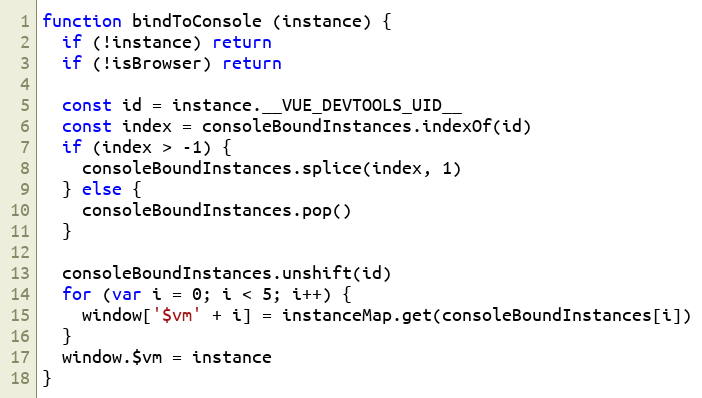
Language: JavaScript
function bindToConsole (instance) {
  if (!instance) return
  if (!isBrowser) return

  const id = instance.__VUE_DEVTOOLS_UID__
  const index = consoleBoundInstances.indexOf(id)
  if (index > -1) {
    consoleBoundInstances.splice(index, 1)
  } else {
    consoleBoundInstances.pop()
  }

  consoleBoundInstances.unshift(id)
  for (var i = 0; i < 5; i++) {
    window['$vm' + i] = instanceMap.get(consoleBoundInstances[i])
  }
  window.$vm = instance
}